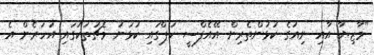
"މާޒިޔާ އާއި ނިއުގެ ކުޅުންތެރިން އޭއެފްސީ ކަޕްގައި ކުޅުނު މެޗުތަކުގައި އަހަރެން އެ